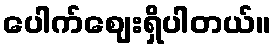
ပေါက်ဈေးရှိပါတယ်။